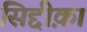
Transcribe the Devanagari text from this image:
सिद्दीक़ा